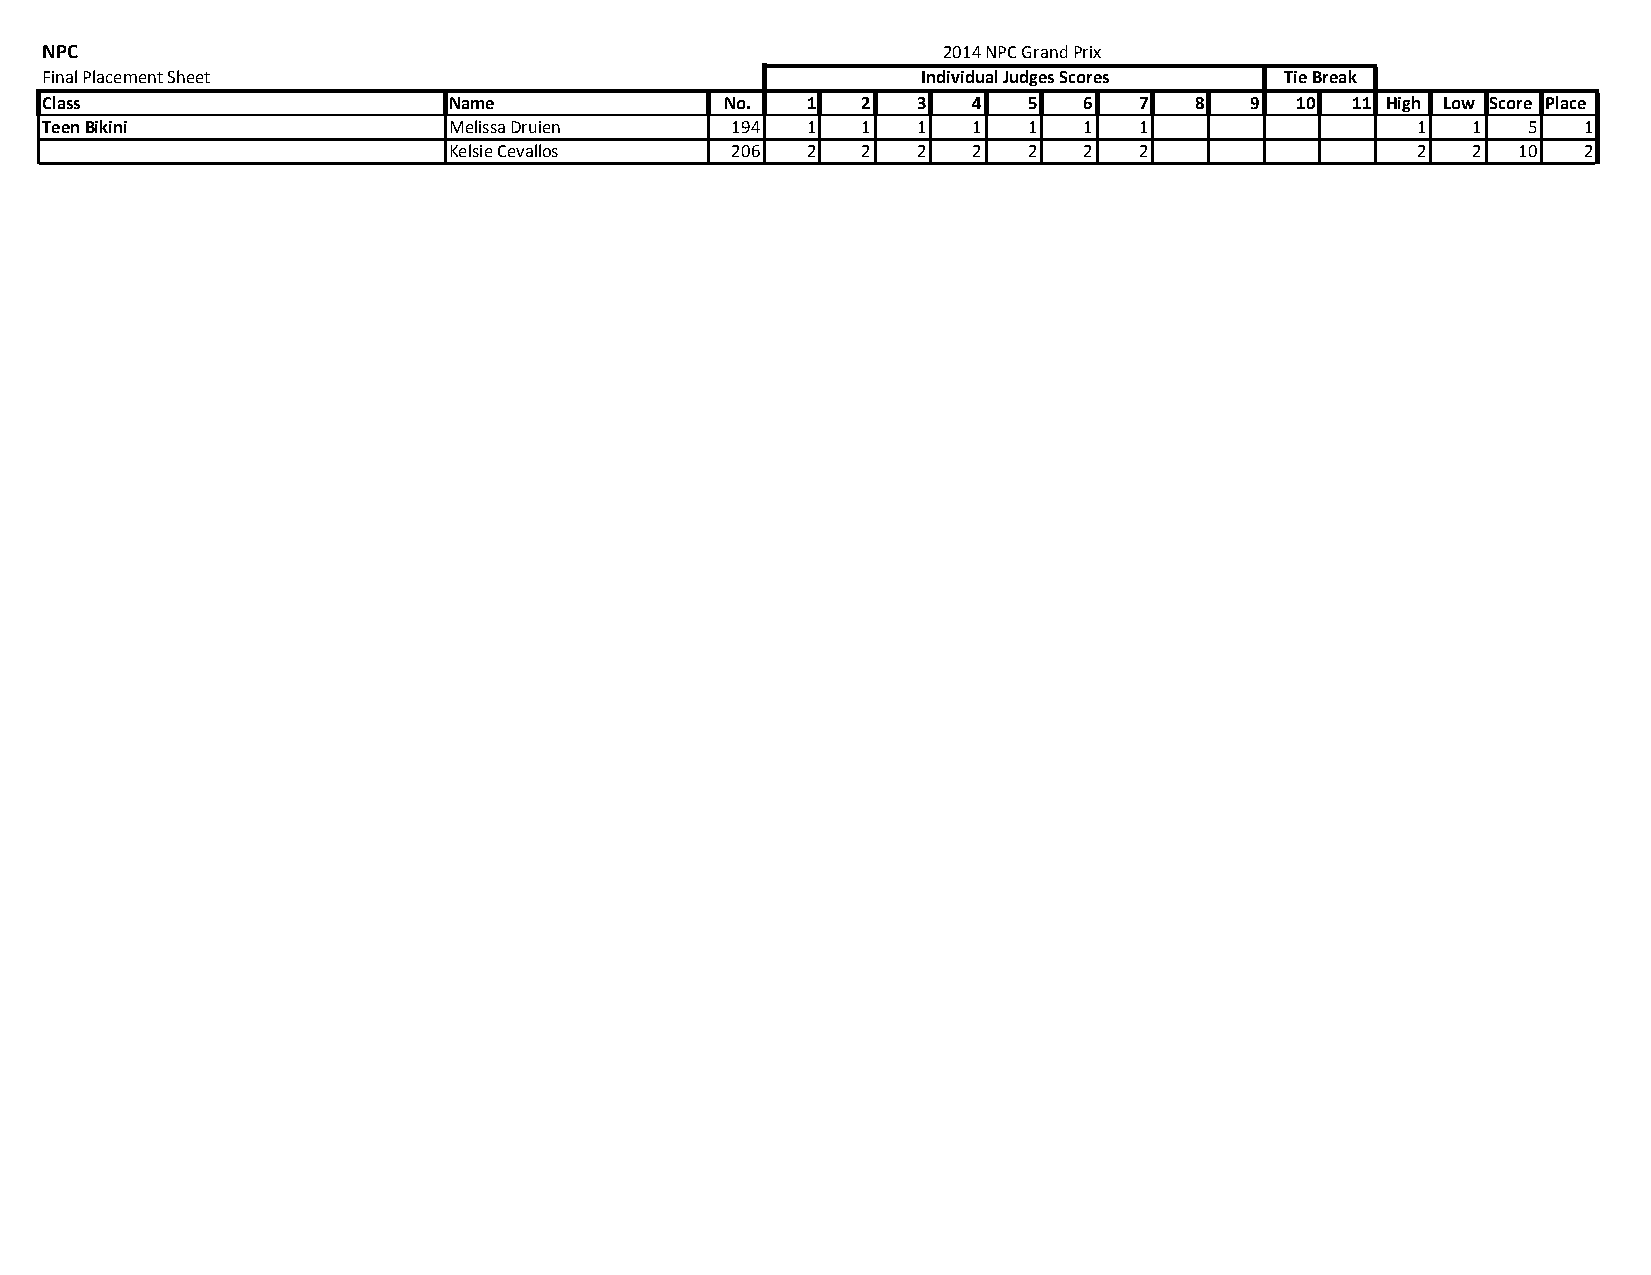
NPC                                                        2014 NPC Grand Prix
 Final Placement Sheet                                     Individual Judges Scores Tie Break
 Class                      Name              No.  1   2   3  4   5   6  7   8   9  10 11 High Low Score Place
 Teen Bikini                Melissa Druien    194  1   1   1  1   1   1  1                  1  1   5   1
 Kelsie Cevallos   206  2   2   2  2   2   2  2                  2  2   10  2